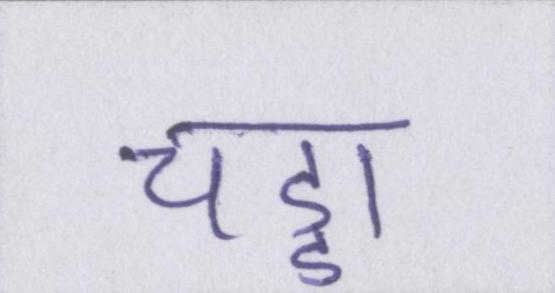
चड्डा